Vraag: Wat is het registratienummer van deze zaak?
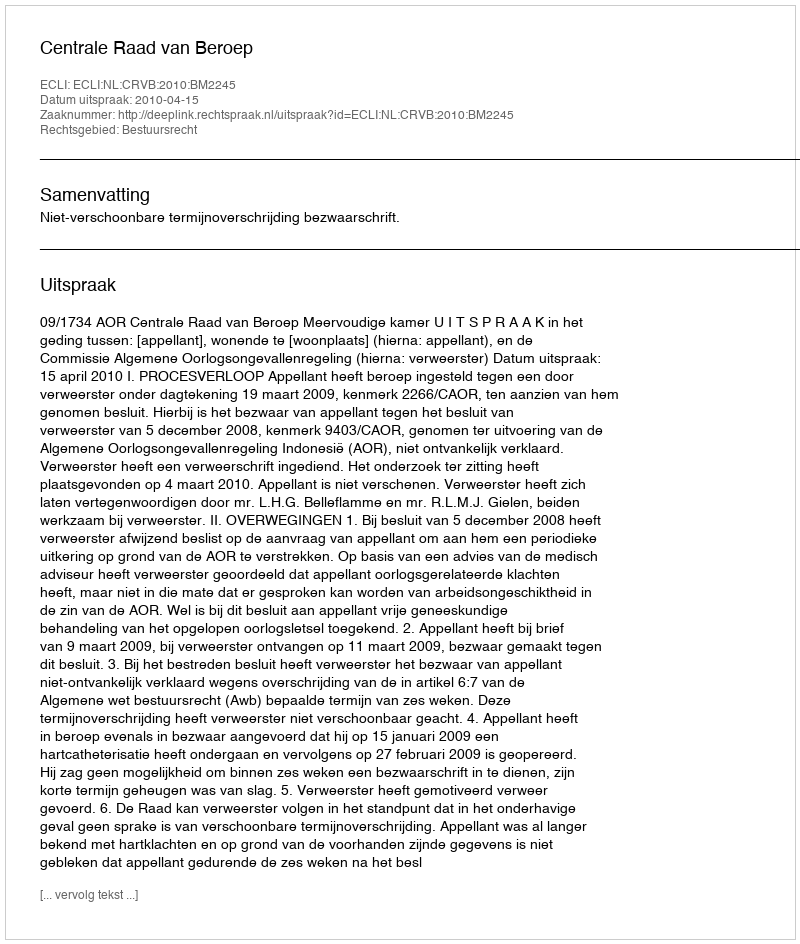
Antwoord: http://deeplink.rechtspraak.nl/uitspraak?id=ECLI:NL:CRVB:2010:BM2245